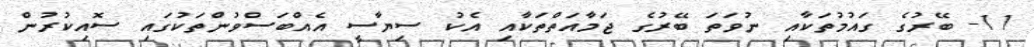
11- ބޭރުގެ ގައުމުތަކާއި ނުވަތަ ބޭރުގެ ޖަމާއަތްތަކާއި އެކު ސިޔާސީ އެއްބަސްވުންތަކުގައި ސޮއިކުރުން